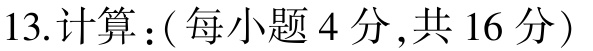
13.计算：( 每小题 4 分,共 16 分)